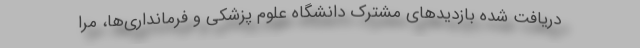
دریافت شده بازدیدهای مشترک دانشگاه علوم پزشکی و فرمانداری‌ها، مرا